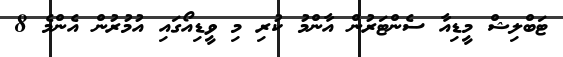
ޓަބްލިޝް މީޑިއާ ސެންޓަރުން އާންމު ކުރި މި ވީޑިއޯގައި އުމުރުން އެންމެ 8